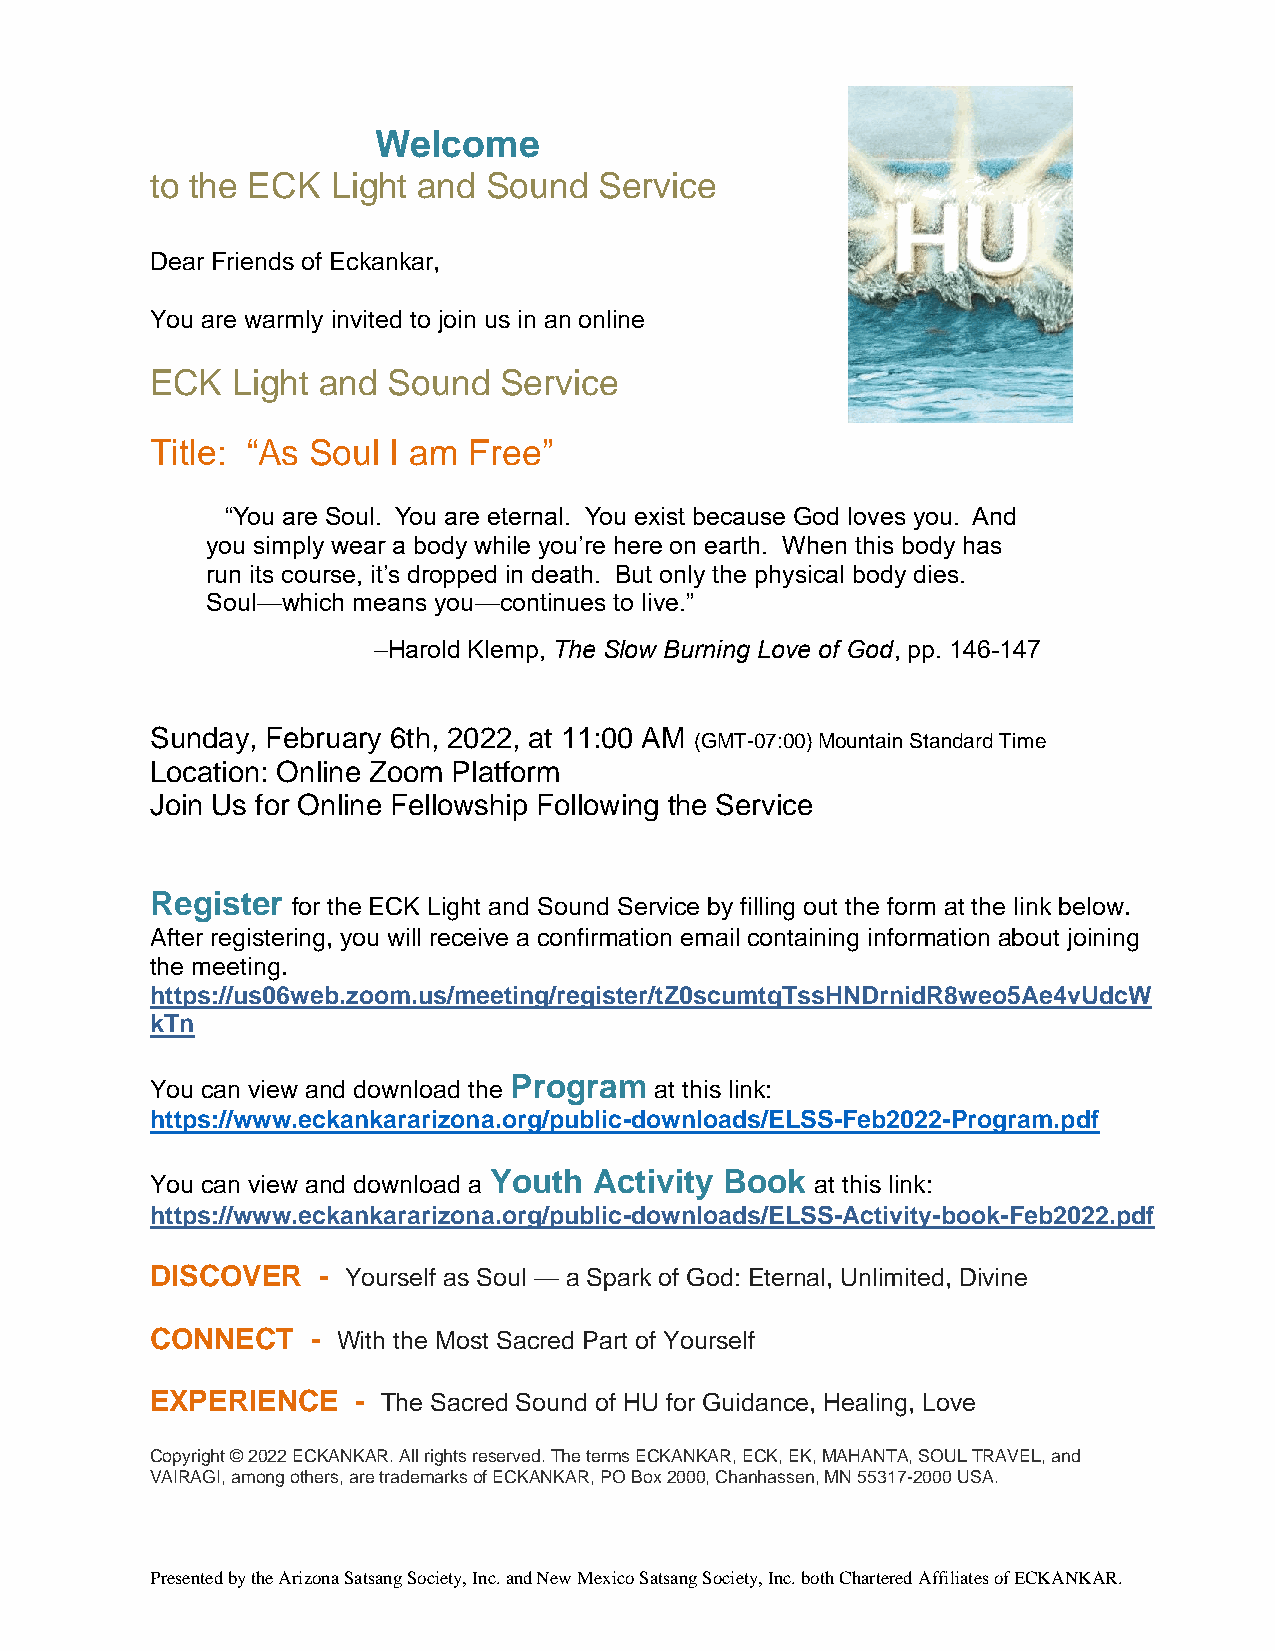
Welcome
 to the ECK  Light and Sound   Service
 Dear Friends of Eckankar,
 You are warmly invited to join us in an online
 ECK  Light and  Sound  Service
 Title: “As Soul I am Free”
 “You are Soul. You are eternal. You exist because God loves you. And
 you simply wear a body while you’re here on earth. When this body has
 run its course, it’s dropped in death. But only the physical body dies.
 Soul—which means you—continues to live.”
 –Harold Klemp, The Slow Burning Love of God, pp. 146-147
 Sunday, February 6th, 2022, at 11:00 AM
 (GMT-07:00) Mountain Standard Time
 Location: Online Zoom Platform
 Join Us for Online Fellowship Following the Service
 Register
 for the ECK Light and Sound Service by filling out the form at the link below.
 After registering, you will receive a confirmation email containing information about joining
 the meeting.
 https://us06web.zoom.us/meeting/register/tZ0scumtqTssHNDrnidR8weo5Ae4vUdcW
 kTn
 Program
 You can view and download the    at this link:
 https://www.eckankararizona.org/public-downloads/ELSS-Feb2022-Program.pdf
 You can view and download a
 Youth  Activity Book
 at this link:
 https://www.eckankararizona.org/public-downloads/ELSS-Activity-book-Feb2022.pdf
 DISCOVER   - Yourself as Soul — a Spark of God: Eternal, Unlimited, Divine
 CONNECT    - With the Most Sacred Part of Yourself
 EXPERIENCE   - The Sacred Sound of HU for Guidance, Healing, Love
 Copyright © 2022 ECKANKAR. All rights reserved. The terms ECKANKAR, ECK, EK, MAHANTA, SOUL TRAVEL, and
 VAIRAGI, among others, are trademarks of ECKANKAR, PO Box 2000, Chanhassen, MN 55317-2000 USA.
 Presented by the Arizona Satsang Society, Inc. and New Mexico Satsang Society, Inc. both Chartered Affiliates of ECKANKAR.